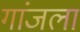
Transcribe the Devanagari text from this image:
गांजला